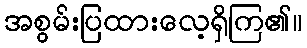
အစွမ်းပြထားလေ့ရှိကြ၏။